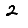
Digit: 2